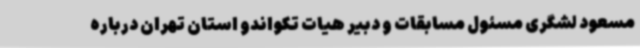
مسعود لشگری مسئول مسابقات و دبیر هیات تکواندو استان تهران درباره